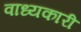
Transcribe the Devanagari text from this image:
वाध्यकारी